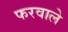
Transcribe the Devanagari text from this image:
फरवाले